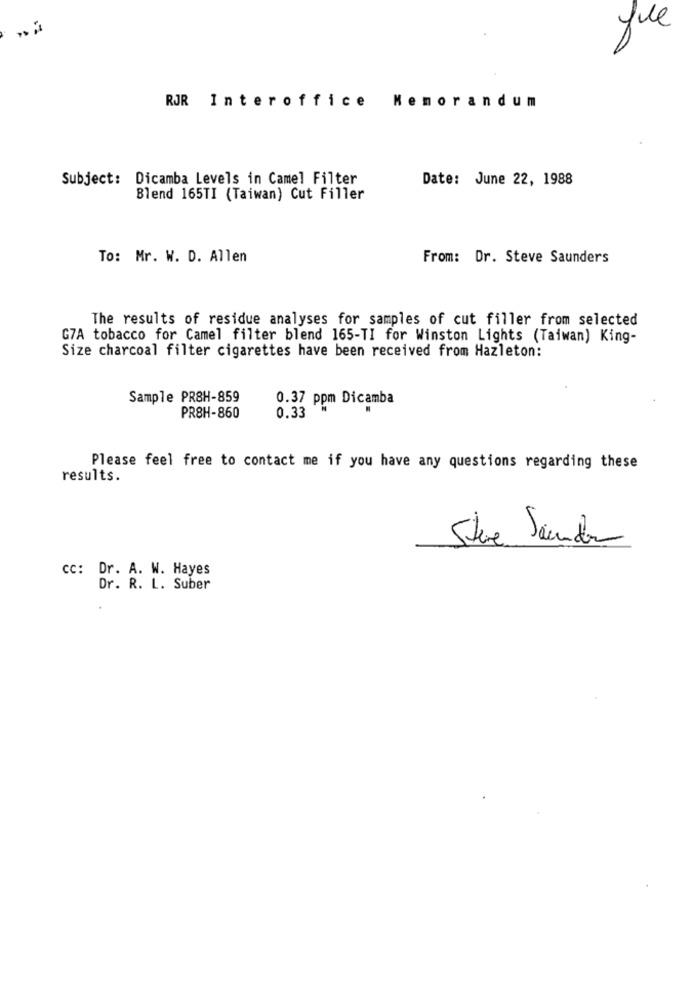
fue
RJR Interoffice
Memorandum
Subject: Dicamba Levels in Camel Filter
Date: June 22, 1988
Blend 165TI (Taiwan) Cut Filler
To: Mr. W. D. Allen
From: Dr. Steve Saunders
The results of residue analyses for samples of cut filler from selected
G7A tobacco for Camel filter blend 165-TI for Winston Lights (Taiwan) King-
Size charcoal filter cigarettes have been received from Hazleton:
Sample PR8H-859
0.37 ppm Dicamba
PR8H-860
0.33
Please feel free to contact me if you have any questions regarding these
results.
Steve Jeunder
cc: Dr. A. W. Hayes
Dr. R. L. Suber